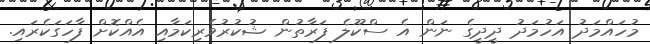
މުހައްމަދު އަހުމަދު ދީދީގެ ނަން އެ ސްކޫލެ ފަރާތުން ޝުކުރުވެރިކަމާއި އެއްކޮށް ފާހަގަކެރައި.